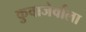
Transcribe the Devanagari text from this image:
कुवाजेर्वाला